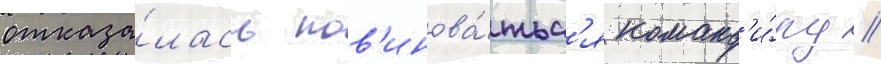
отказа́лась пов'инова́тьс'я команд'и́ру /